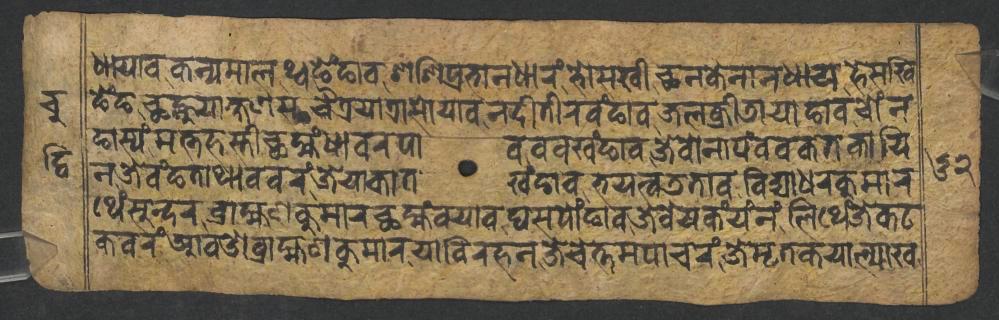
𑐢𑐵𑐫𑐵𑐰𑐎𑐣𑑂𑐫𑐩𑐵𑐮𑐠𑑂𑐰𑐒𑐾𑑄𑐒𑐵𑐰𑐱𑐱𑐶𑐥𑑂𑐬𑐨𑐵𑐣𑐢𑐵𑐬𑑄𑐨𑑀𑐳𑐏𑐷𑐕𑐣𑐎𑐾𑐣𑐵𑐣𑐢𑐵𑐫𑐴𑐾𑐳𑐏𑐶 𑐒𑐾𑑄𑐒𑐕𑐣𑑂𑐴𑐸𑐫𑐵𑐎𑑂𑐲𑐞𑐳𑐔𑐿𑐟𑑂𑐬𑐫𑐵𑐟𑑂𑐬𑐵𑐳𑑀𑐫𑐵𑐰𑐣𑐡𑐷𑐟𑐷𑐬𑐰𑑄𑐒𑐵𑐰𑐖𑐮𑐎𑑂𑐬𑐷𑐜𑐵𑐫𑐵𑐒𑐵𑐰𑐔𑑀𑑄𑐣 𑐒𑐵𑐳𑑂𑐫𑑄𑐩𑐟𑑂𑐟𑐴𑐳𑑂𑐟𑐷𑐕𑐩𑑂𑐴𑑄𑐢𑐵𑐰𑐬𑐥𑐵𑐰𑐰𑐰𑐏𑑄𑐒𑐵𑐰𑐖𑐾𑐰𑑀𑐣𑐵𑐥𑑄𑐰𑐰𑐎𑐟𑐎𑐵𑐫𑐶 𑐣𑐖𑐾𑐰𑑄𑐒𑐟𑐵𑐠𑐵𑐰𑐰𑐬𑑄𑐖𑐾𑐫𑐵𑐎𑐵𑐟𑐏𑑄𑐒𑐵𑐰𑐨𑐫𑐟𑑂𑐰𑐜𑐟𑐵𑐰𑐰𑐶𑐡𑑂𑐫𑐵𑐢𑐬𑐎𑐸𑐩𑐵𑐬 𑐠𑐾𑑄𑐳𑐸𑐣𑑂𑐡𑐬𑐧𑑂𑐬𑐵𑐴𑑂𑐩𑐞𑐎𑐸𑐩𑐵𑐬𑐕𑐩𑑂𑐴𑑄𑐰𑐫𑐵𑐰𑐑𑐳𑐥𑑀𑑄𑐒𑐵𑐰𑐖𑐾𑐧𑐾𑐫𑐎𑑄𑐫𑑄𑐣𑑄𑐮𑐶𑐠𑐾𑑄𑐖𑐾𑐎𑐚 𑐎𑐰𑐬𑑄𑐁𑐰𑐌𑐧𑑂𑐬𑐵𑐴𑑂𑐩𑐞𑐎𑐸𑐩𑐵𑐬𑐫𑐵𑐰𑐶𑐬𑐴𑐣𑐖𑐾𑐔𑐾𑐟𑑂𑐟𑐩𑐥𑐵𑐔𑐬𑑄𑐖𑐾𑐩𑐺𑐟𑐎𑐫𑐵𑐮𑑂𑐫𑐵𑐏